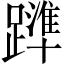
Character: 𨆒